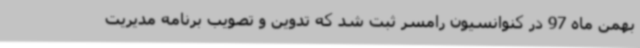
بهمن ماه 97 در کنوانسیون رامسر ثبت شد که تدوین و تصویب برنامه مدیریت